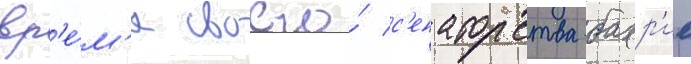
вр'е́м'я своего́ с'енаторства бахр'ие